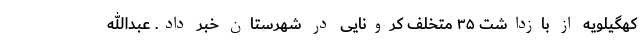
کهگیلویه از بازداشت ۳۵ متخلف کرونایی در شهرستان خبر داد. عبدالله